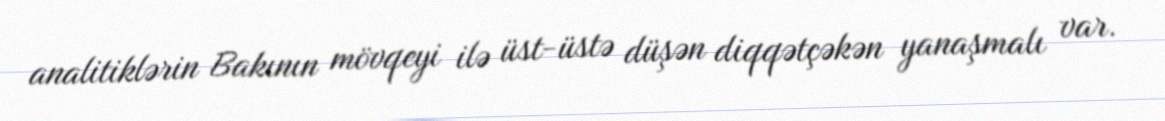
analitiklərin Bakının mövqeyi ilə üst-üstə düşən diqqətçəkən yanaşmalı var.